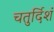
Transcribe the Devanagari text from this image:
चतुर्दिशं